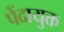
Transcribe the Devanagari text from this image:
पेंदायुक्त